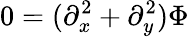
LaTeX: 0=(\partial_{x}^{2}+\partial_{y}^{2})\Phi